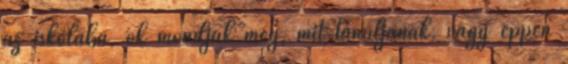
az iskolába, ők mondják meg, mit tanuljanak, vagy éppen